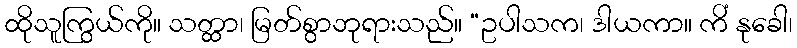
ထိုသူကြွယ်ကို။ သတ္ထာ၊ မြတ်စွာဘုရားသည်။ “ဥပါသက၊ ဒါယကာ။ ကိံ နုခေါ၊